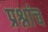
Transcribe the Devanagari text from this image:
प्रश्नांच